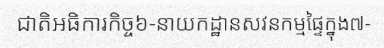
ជាតិអធិការកិច្ច៦-នាយកដ្ឋានសវនកម្មផ្ទៃក្នុង៧-